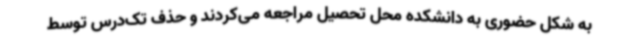
به شکل حضوری به دانشکده محل تحصیل مراجعه می‌کردند و حذف تک‌درس توسط